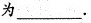
为___ .